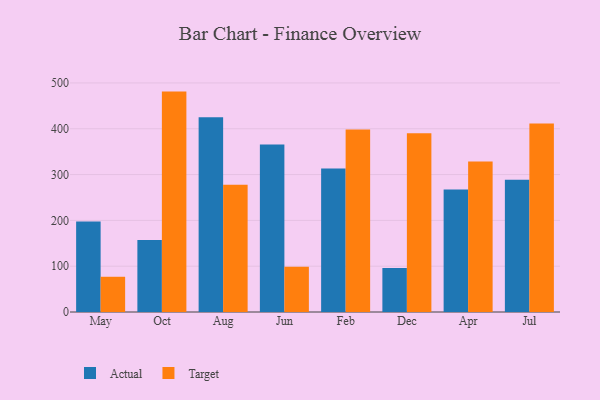
{"axis": {"x": "Month", "y": "Bounce Rate (%)"}, "legend": ["Actual", "Target"], "data": [{"x": "May", "y": 197.7, "type": "Actual"}, {"x": "May", "y": 76.9, "type": "Target"}, {"x": "Oct", "y": 157.4, "type": "Actual"}, {"x": "Oct", "y": 481.1, "type": "Target"}, {"x": "Aug", "y": 425.0, "type": "Actual"}, {"x": "Aug", "y": 278.0, "type": "Target"}, {"x": "Jun", "y": 365.8, "type": "Actual"}, {"x": "Jun", "y": 98.7, "type": "Target"}, {"x": "Feb", "y": 313.1, "type": "Actual"}, {"x": "Feb", "y": 398.5, "type": "Target"}, {"x": "Dec", "y": 96.3, "type": "Actual"}, {"x": "Dec", "y": 390.3, "type": "Target"}, {"x": "Apr", "y": 267.4, "type": "Actual"}, {"x": "Apr", "y": 328.7, "type": "Target"}, {"x": "Jul", "y": 288.5, "type": "Actual"}, {"x": "Jul", "y": 411.4, "type": "Target"}]}